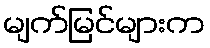
မျက်မြင်များက